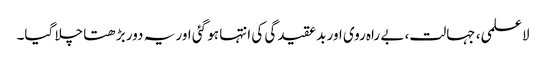
لاعلمی، جہالت، بے راہ روی اور بدعقیدگی کی انتہا ہو گئی اور یہ دور بڑھتا چلا گیا۔